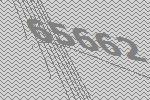
65662